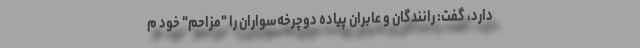
دارد، گفت: رانندگان و عابران پیاده دوچرخه‌سواران را "مزاحم" خود م